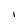
Character: I